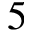
5